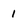
Character: 1